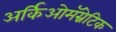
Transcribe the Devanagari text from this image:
अर्किओमॅग्नेटिक